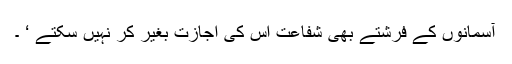
آسمانوں کے فرشتے بھی شفاعت اس کی اجازت بغیر کر نہیں سکتے ‘ ۔